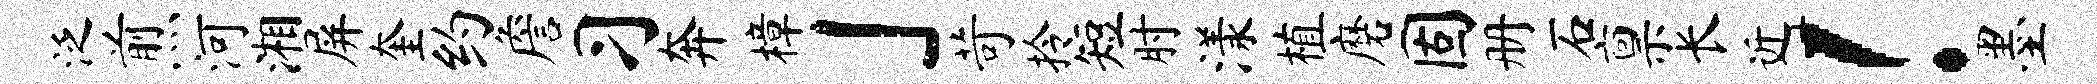
泛煎河湘屏奎约詹习奔樟」苛拎短肘漾植磨固册石禀长近！墨